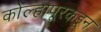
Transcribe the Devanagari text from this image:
कोल्हापूरकडून